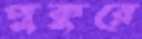
পুকুরে